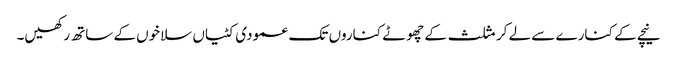
نیچے کے کنارے سے لے کر مثلث کے چھوٹے کناروں تک عمودی کٹیاں سلاخوں کے ساتھ رکھیں۔